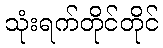
သုံးရက်တိုင်တိုင်